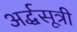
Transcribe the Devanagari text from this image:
अर्द्धसूत्री